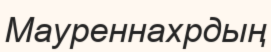
Мауреннахрдың